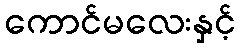
ကောင်မလေးနှင့်